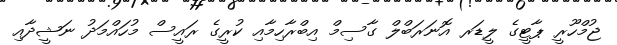
ޖުމްހޫރީ ޕާޓީގެ ލީޑަރ އޮނަރަބްލް ގާސިމް އިބްރާހިމާއި ކުރީގެ ރައީސް މުހައްމަދު ނަޝީދާއި